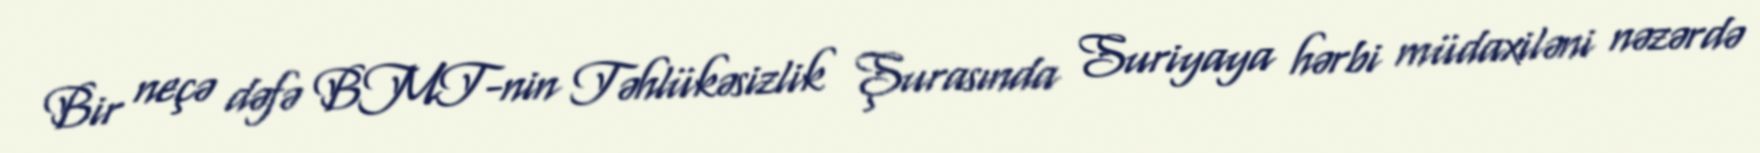
Bir neçə dəfə BMT-nin Təhlükəsizlik Şurasında Suriyaya hərbi müdaxiləni nəzərdə